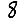
Digit: 8